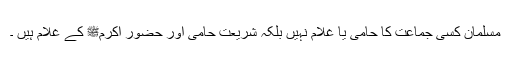
مسلمان کسی جماعت کا حامی یا غلام نہیں بلکہ شریعت حامی اور حضور اکرمﷺ کے غلام ہیں ۔